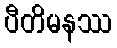
ပီတိမနဿ